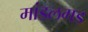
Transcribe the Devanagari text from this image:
मांडलगड